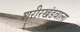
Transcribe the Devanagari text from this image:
शरीरखंडवाला